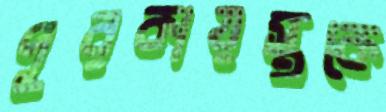
পুরকায়স্থকে